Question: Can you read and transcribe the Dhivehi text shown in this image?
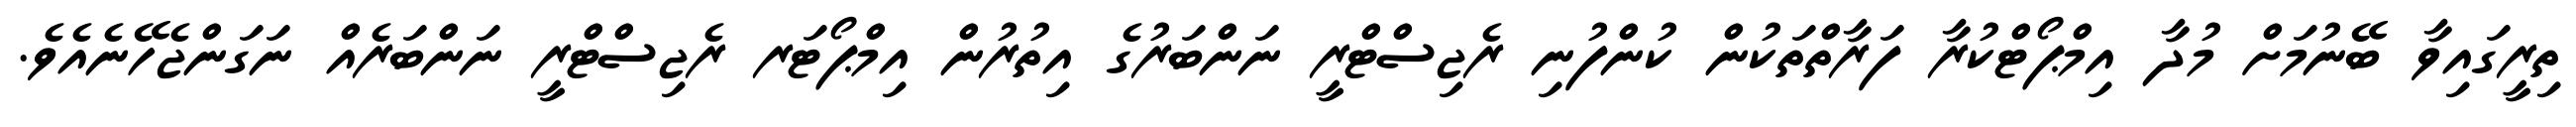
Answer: ތިރީގައިވާ ބޭނުމަށް މުދާ އިމްޕޯޓްކުރާ ފަރާތްތަކުން ކުންފުނި ރެޖިސްޓްރީ ނަންބަރުގެ އިތުރުން އިމްޕޯޓަރ ރެޖިސްޓްރީ ނަންބަރެއް ނަގަންޖެހޭނެއެވެ.